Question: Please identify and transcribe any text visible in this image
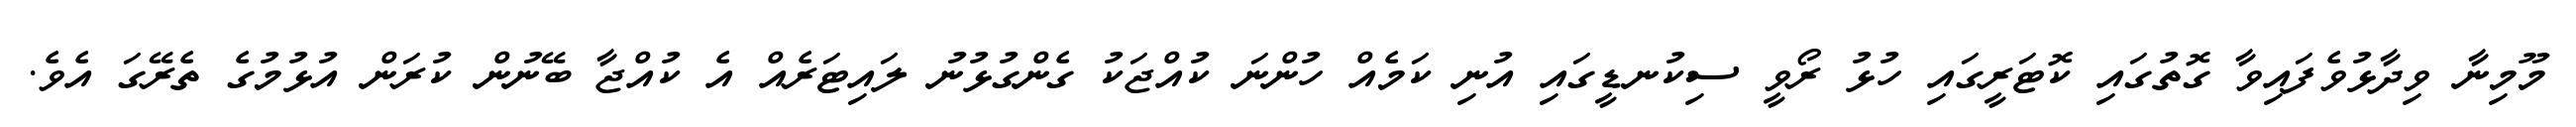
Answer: މޫމިނާ ވިދާޅުވެފައިވާ ގޮތުގައި ކޮޓަރީގައި ހުޅު ރޯވީ ސިކުނޑީގައި އުނި ކަމެއް ހުންނަ ކުއްޖަކު ގެންގުޅުނު ލައިޓަރެއް އެ ކުއްޖާ ބޭނުން ކުރަން އުޅުމުގެ ތެރޭގަ އެވެ.